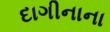
દાગીનાના